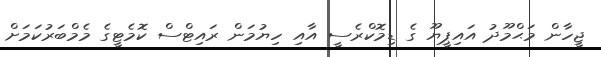
ޖީހާން މަޙްމޫދު އައިޕީޔޫ ގެ ޑިމޮކްރެސީ އާއި ހިޔުމަން ރައިޓްސް ކޮމެޓީގެ މެމްބަރުކަމަށް